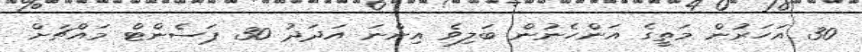
30 އަހަރުން މަތީގެ އަންހެނުން ބަލިވެ އިންނަ އަދަދު 30 ޕަސެންޓް މައްޗަށް